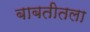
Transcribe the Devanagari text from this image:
बाबतीतला